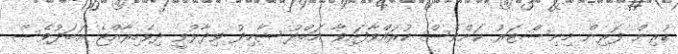
ކުރިން ފޮރިން މިނިސްޓަރު ކަންވެސް ކުރައްވާފައިވާ އަބްދު ޝާހިދު ވިދާޅުވީ ދިވެހިރާއްޖެ އަބަދުވެސް